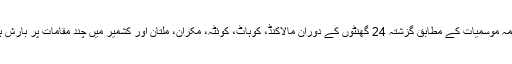
محکمہ موسمیات کے مطابق گزشتہ 24 گھنٹوں کے دوران مالاکنڈ، کوہاٹ، کوئٹہ، مکران، ملتان اور کشمیر میں چند مقامات پر بارش ہوئی۔